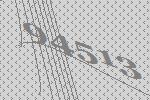
94513